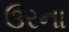
ઉરના